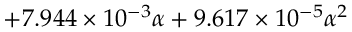
+ 7 . 9 4 4 \times 1 0 ^ { - 3 } \alpha + 9 . 6 1 7 \times 1 0 ^ { - 5 } \alpha ^ { 2 }